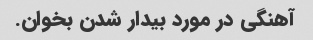
آهنگی در مورد بیدار شدن بخوان.